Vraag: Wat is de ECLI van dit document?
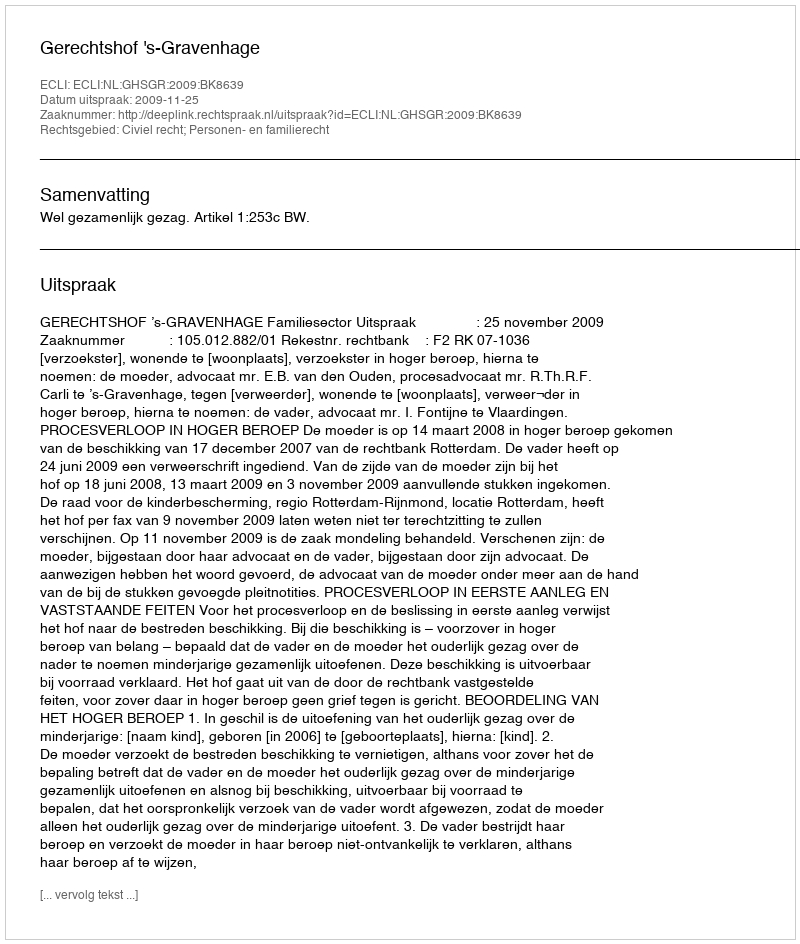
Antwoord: ECLI:NL:GHSGR:2009:BK8639